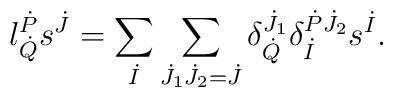
l^{\dot{P}}_{\dot{Q}} s^{\dot{J}} = \sum_{\dot{I}} \sum_{\dot{J}_1 \dot{J}_2 = \dot{J}}    \delta^{\dot{J}_1}_{\dot{Q}} \delta^{\dot{P} \dot{J}_2}_{\dot{I}} s^{\dot{I}}.